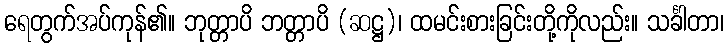
ရေတွက်အပ်ကုန်၏။ ဘုတ္တာပိ ဘတ္တာပိ (ဆဋ္ဌ)၊ ထမင်းစားခြင်းတို့ကိုလည်း။ သင်္ခါတာ၊